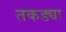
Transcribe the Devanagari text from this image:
तकड्या